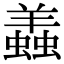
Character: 𧒃